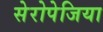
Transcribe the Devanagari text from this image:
सेरोपेजिया